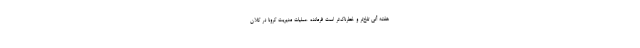
هفته آتی تلخ‌تر و خطرناک‌تر است فرمانده عملیات مدیریت کرونا در کلان